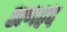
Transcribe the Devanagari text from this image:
अणहद